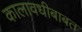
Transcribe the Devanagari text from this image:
कालावधीबाबत